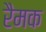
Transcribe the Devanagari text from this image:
रैमक